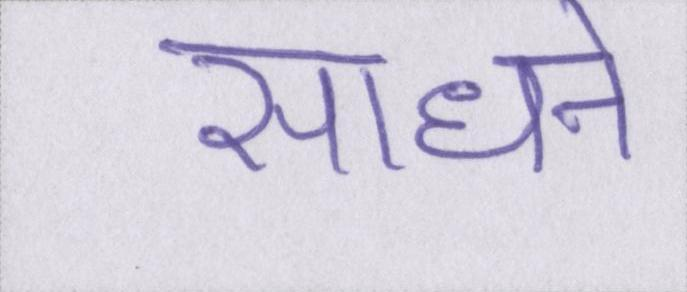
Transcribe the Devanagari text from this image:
साधने